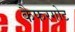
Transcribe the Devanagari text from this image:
कैफरगोट